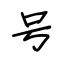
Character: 号